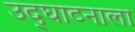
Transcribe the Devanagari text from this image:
उद्‌घाटनाला